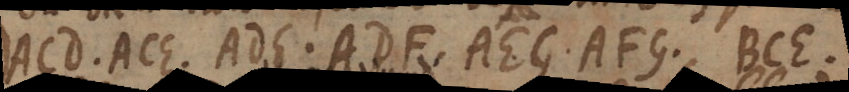
ACD, ACE, ADE, ADF, AEG, AFG, BCE,